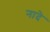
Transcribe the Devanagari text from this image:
नादे